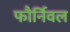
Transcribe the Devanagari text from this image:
फौर्निवल